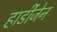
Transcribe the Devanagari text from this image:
हार्डीजेन